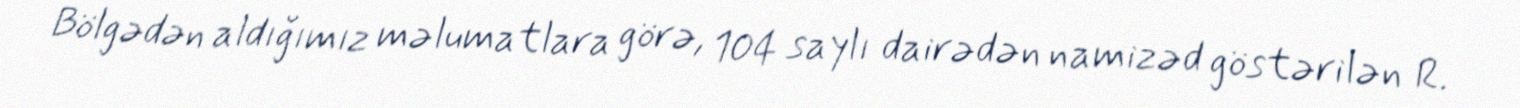
Bölgədən aldığımız məlumatlara görə, 104 saylı dairədən namizəd göstərilən R.